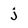
Character: j